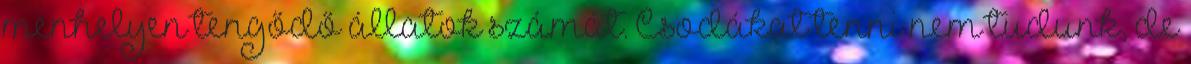
menhelyen tengődő állatok számát. Csodákat tenni nem tudunk, de